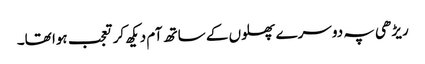
ریڑھی پہ دوسرے پھلوں کے ساتھ آم دیکھ کر تعجب ہوا تھا۔